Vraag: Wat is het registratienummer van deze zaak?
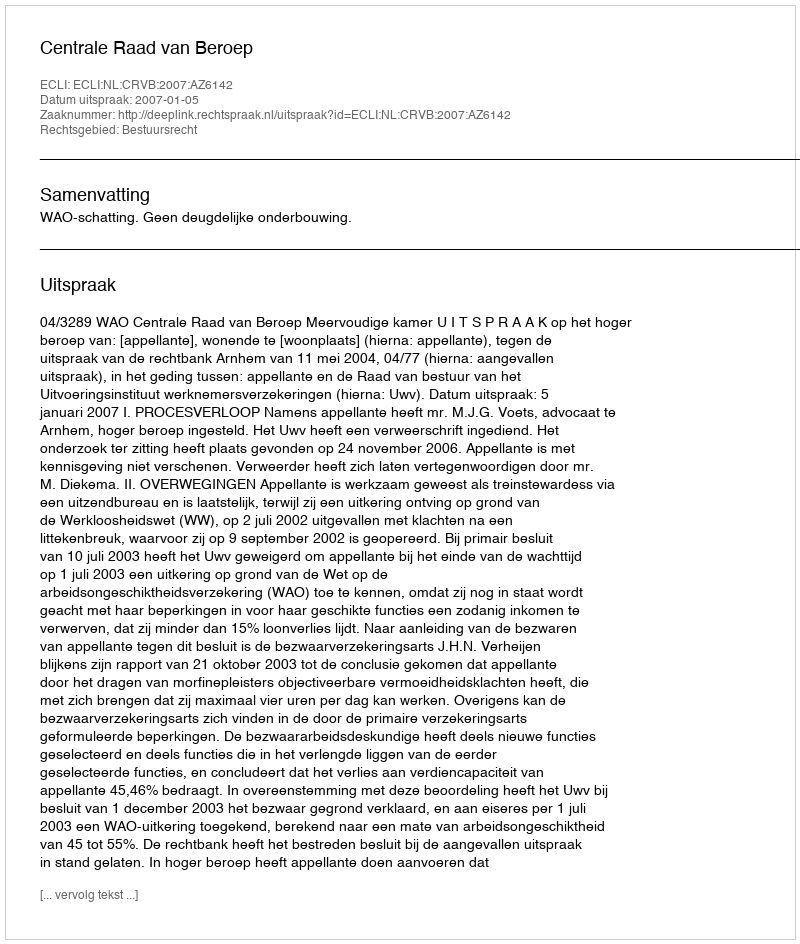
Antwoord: http://deeplink.rechtspraak.nl/uitspraak?id=ECLI:NL:CRVB:2007:AZ6142